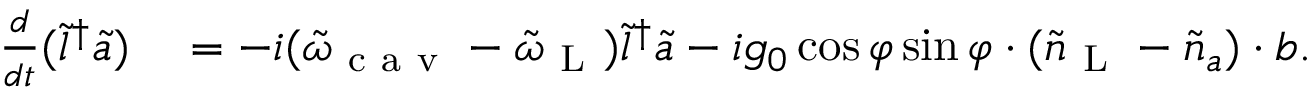
\begin{array} { r l } { \frac { d } { d t } ( \tilde { l } ^ { \dagger } \tilde { a } ) } & { { } = - i ( \tilde { \omega } _ { \mathrm { ~ c ~ a ~ v ~ } } - \tilde { \omega } _ { \mathrm { ~ L ~ } } ) \tilde { l } ^ { \dagger } \tilde { a } - i g _ { 0 } \cos \varphi \sin \varphi \cdot ( \tilde { n } _ { \mathrm { ~ L ~ } } - \tilde { n } _ { a } ) \cdot b . } \end{array}